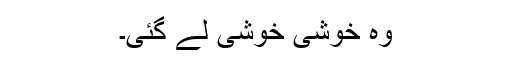
وہ خوشی خوشی لے گئی۔